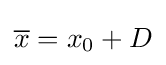
{\overline {x}}=x_{0}+D